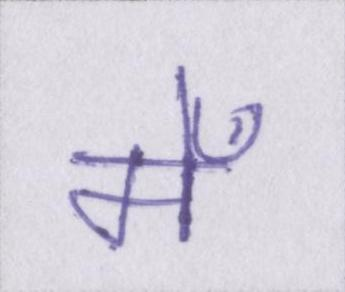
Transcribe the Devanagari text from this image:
मेँ